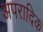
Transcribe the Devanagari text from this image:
अपरादिक